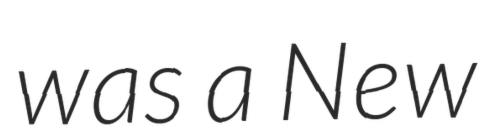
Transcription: was a New